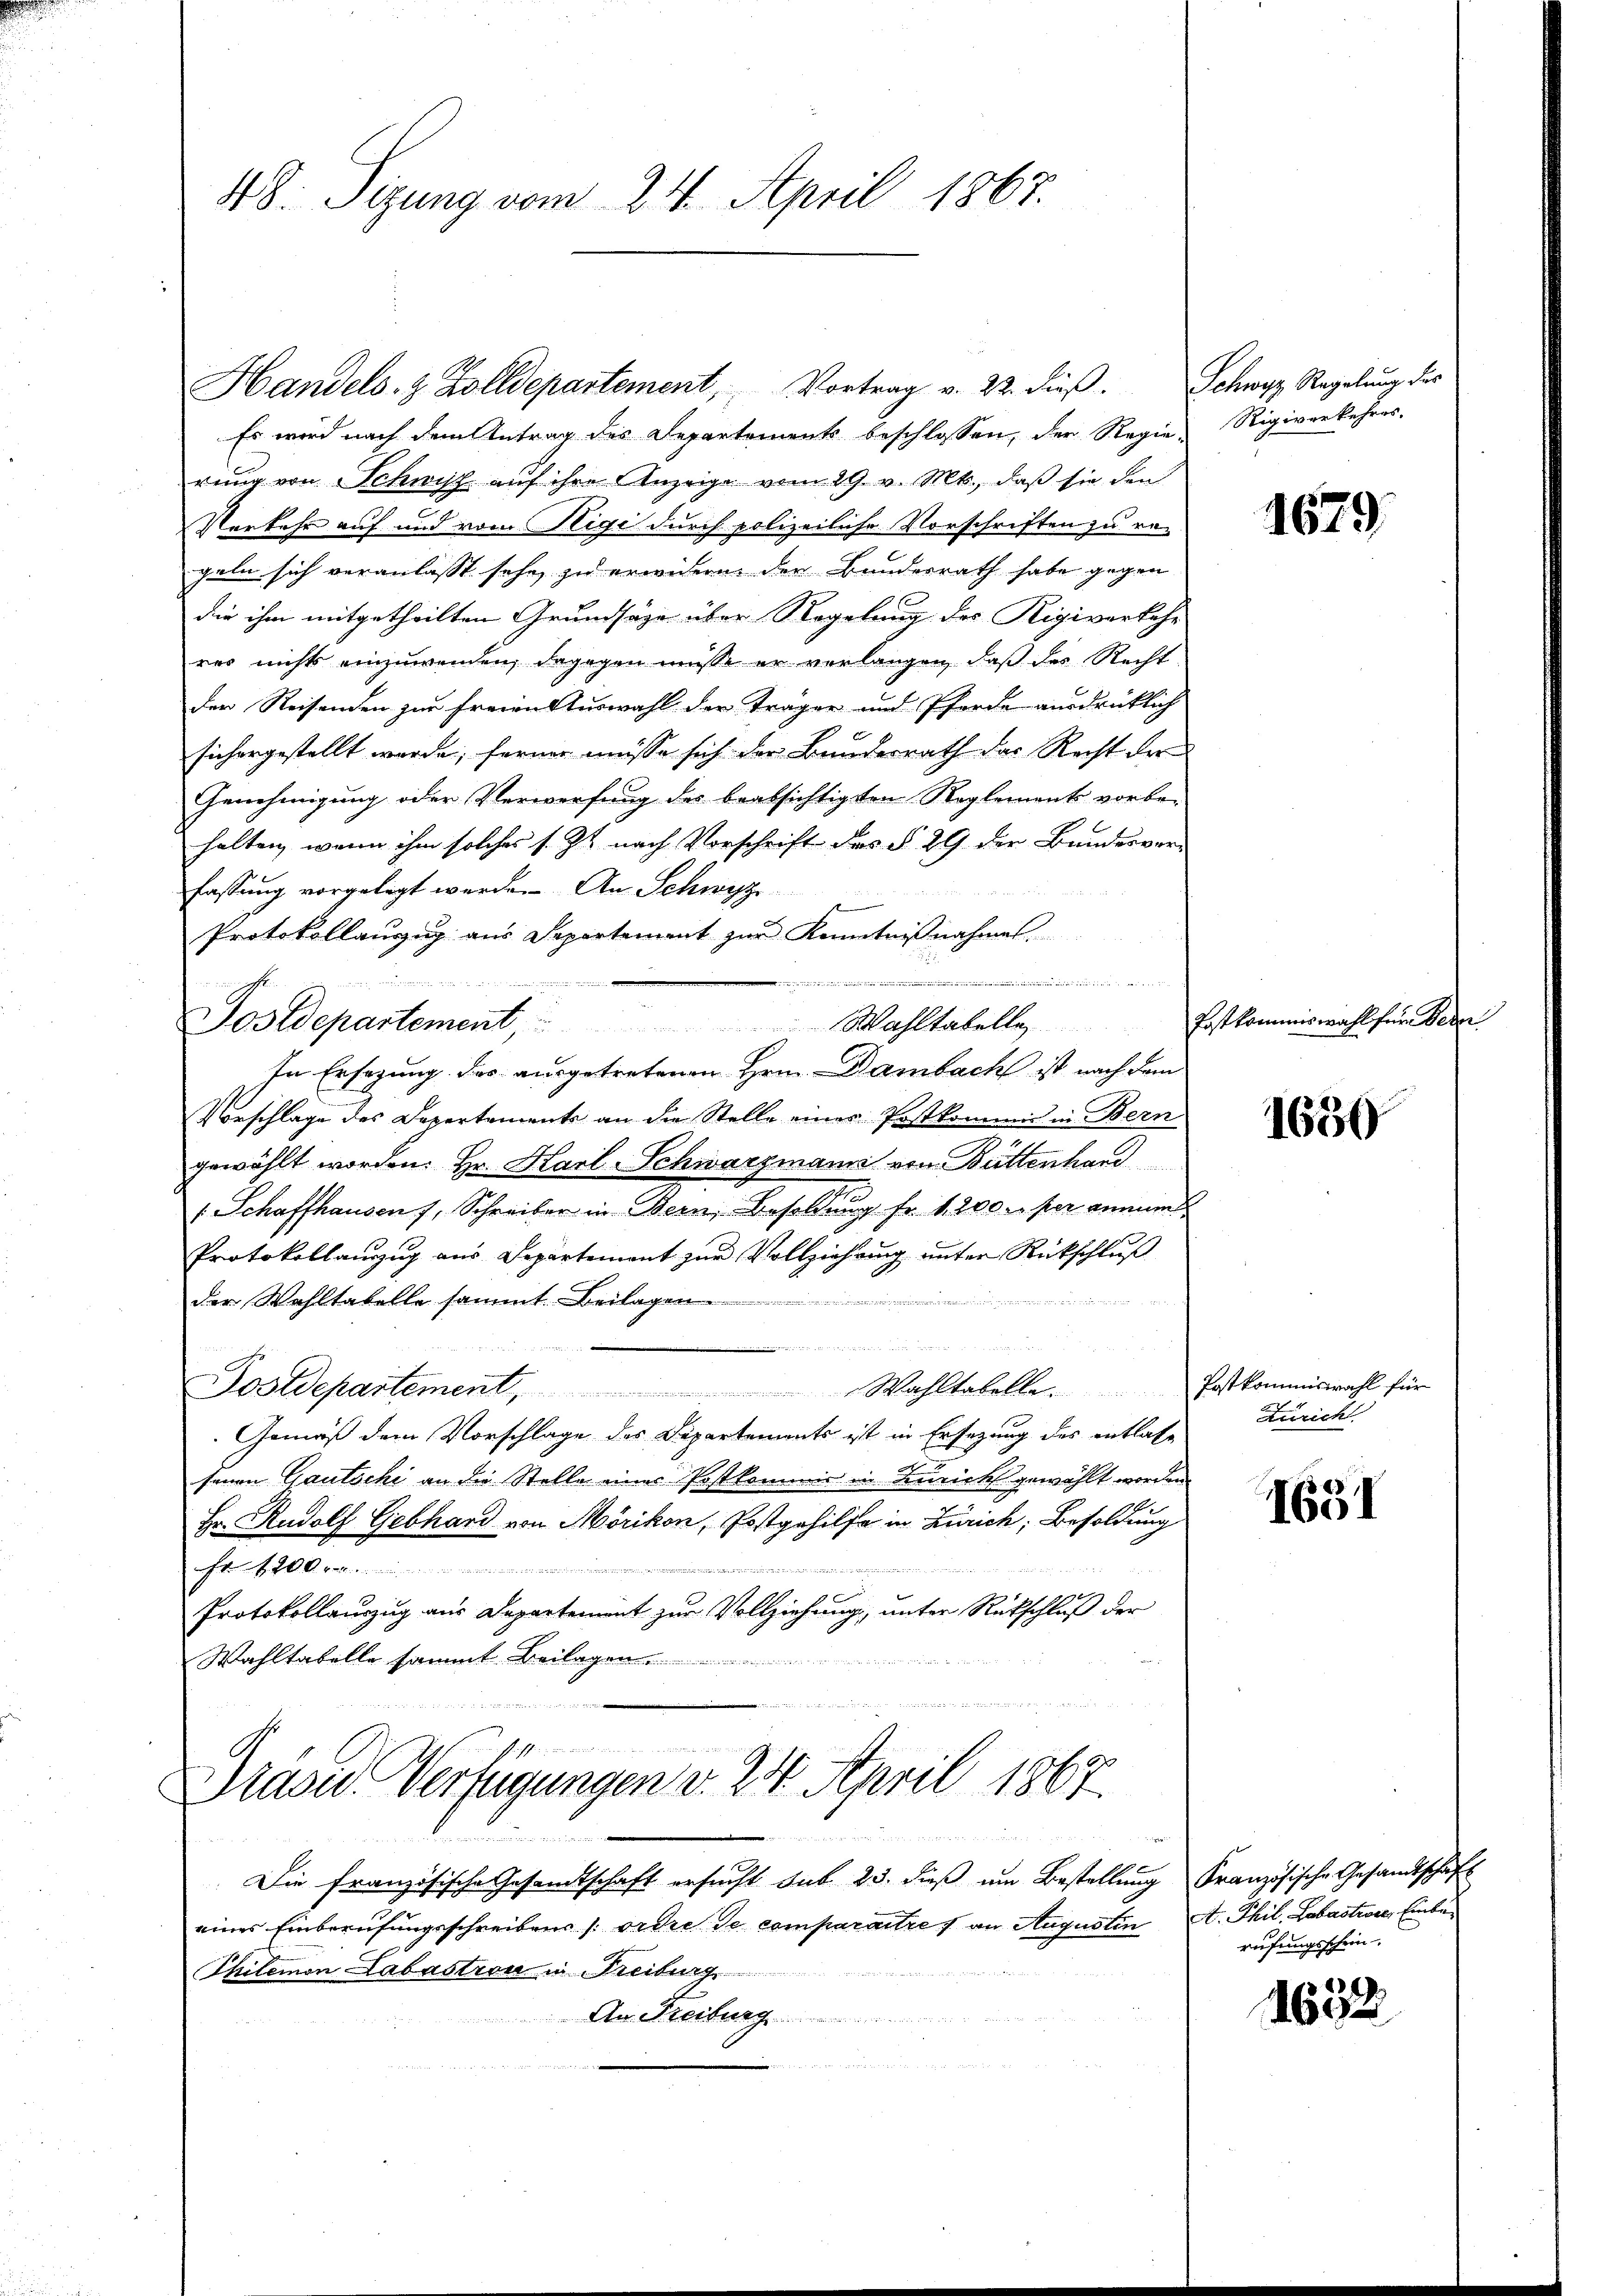
48. Sizung vom 24. April 1867.

Es wird nach dem Antrag des Departements beschlossen, der Regie Rigiverkehres-
rung von Schwisch auf ihre Anzeige vom 29. v. Mts., daß sie den
Verkehr auf und vom Rigi durch polizeiliche Vorschriften zu regeln sich veranlasst sehe, zu erwidern den Bundesrath habe gegen
die ihm mitgetheilten Grundsäge über Regelung des Rigiverkehr
res nichts einzuwenden, dagegen müsse er verlangen, daß das Recht
der Reisenden zur freien Auswahl der Träger und Pferde ausdrücklich
sichergestellt wurde; ferner müsse sich der Bundesrath das Recht der
Genehmigung oder Verwerfung des beabsichtigten Reglement vorbe-
halten, wenn ihm solches s. Zt. nach Vorschrift des § 29 der Bundesver-
fassung vorgelegt werden. An Schwyz
Protokollauszug aus Departement zur Kenntnißnahmen.
g
u nennen pfli
Jos Departement, Wahltabelle Postkommiswahl für Beza
In Ersezung des ausgetretenen Hrn. Dambach ist nach dem
Vorschlage des Departements an die Stelle einer Postkommis in Bern
gewählt worden. Hr. Harl-Schwarzmann von Büttenhand
1 Schaffhausen J. Schreiber in Bern, Besoldung fr. 1200 r. per annum
Protokollauszug aus Departement zŭr Vollziehung unter Rückschluß
der Wahltabelle sammt. Beilagen
 inter den werden werden den der
Postdepartement, Wahltabelle. Postkommiswahl für
Gemäß dem Vorschlage des Departements ist in Ersezung des entlasse
fenen Gautschi an die Stelle eines Postkommis in Zürich gewählt worden
Hr. Rudolf Gebhard von Mörikon, Postgehilfe in Zürich, Besoldung
iinen und 412 ten Hematissioni ver¬
0
Protokollauszug aus Departement zur Vollziehung, unter Rückschluß der
Wahltabelle sammt Beilagen

Handels- & Zolldepartement, Vortrag v. 22. dieß. Schwyz Regelung des

Prasid. Verfügungen v. 24. April 1867

ddiene
Die französische Gesandtschaft ersucht sub 23. dieß um Bestellung Französische Gesandtschaft
eines Einberufungsschreibens (ordre de comparaitres an Augustin
Thilemon Labastron in Freiburg
An Freiburg

1679.

1630

Zürich.

1651

A. Thil. Labastier, Einber
rufungsschein

1632